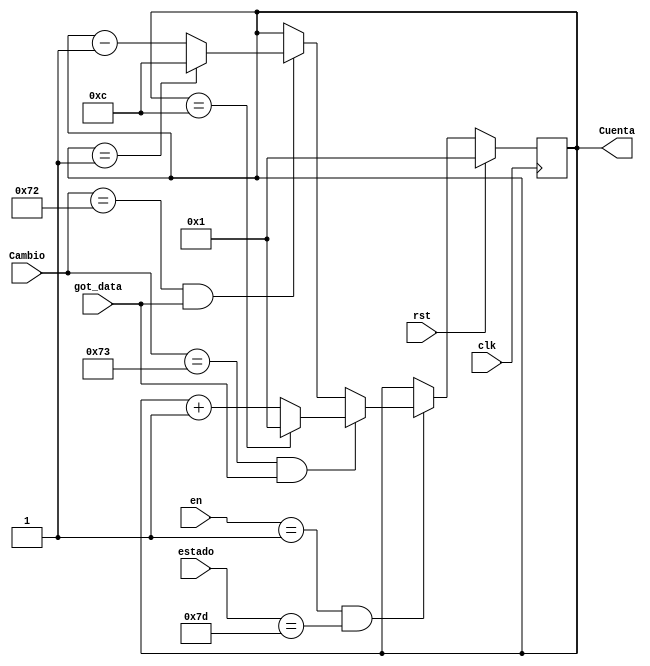
module Contador_AD_Mes(
    input rst,
	 input [7:0]estado,
	 input [1:0] en,
    input [7:0] Cambio,
	 input got_data,
    input clk,
    output reg [(N-1):0] Cuenta
    );
	
	 
	 parameter N = 4;
	 parameter X = 12;

    always @(posedge clk)
	 if (rst)
	    Cuenta <= 1;
    else	if (en == 2'd1 && estado == 8'h7D)
         begin
	         if (Cambio == 8'h73 && got_data)
				begin
				   if (Cuenta == X)
				      Cuenta <= 1;
					else 
				      Cuenta <= Cuenta + 1'd1;
				end
				else if (Cambio == 8'h72 && got_data)
					  begin
				        if (Cuenta == 1)
						     Cuenta <= X;
					     else 
						     Cuenta <= Cuenta - 1'd1;
				     end
					  else 
					     Cuenta <= Cuenta;
	      end
	      else 
			   Cuenta <= Cuenta;
endmodule